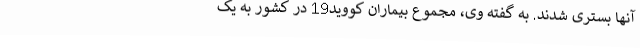
آنها بستری شدند. به گفته وی، مجموع بیماران کووید19 در کشور به یک